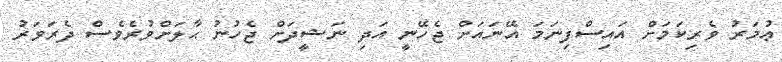
ޢުމަރު ވެރިކަމަށް އައިސްފިނަމަ އޭނައަށް ޖެހޭނީ އަދި ނަޝީދަށް ޖެހުނު ޙާލަށްވުރެވެސް ދެރަވަރު